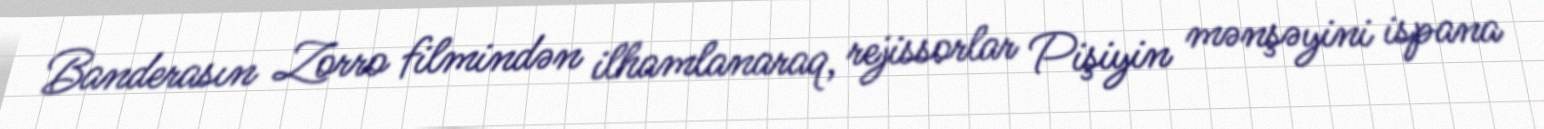
Banderasın Zorro filmindən ilhamlanaraq, rejissorlar Pişiyin mənşəyini ispana